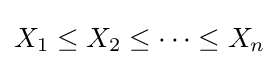
X_{1}\leq X_{2}\leq \dots \leq X_{n}